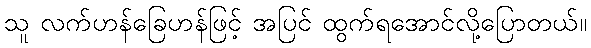
သူ လက်ဟန်ခြေဟန်ဖြင့် အပြင် ထွက်ရအောင်လို့ပြောတယ်။